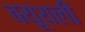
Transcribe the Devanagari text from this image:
क्यूथली